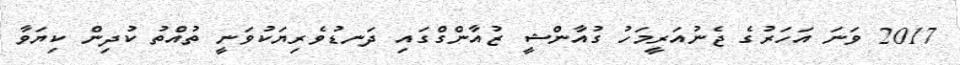
2017 ވަނަ އަހަރުގެ ޖެނުއަރީމަހު ގުއާންޝީ ޒުއާންގްގައި ދަނޑުވެރިޔަކުވަނީ ތުއްތު ކުދިން ކިޔަވާ